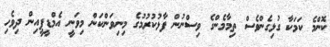
ކޮންމެ ކަމަކާ ގުޅިގެންވެސް ތިމާމެންގެ ވިސްނުން ފާޅުކުރުމުގެ މިނިވަންކަން މިވަނީ އެމްޑީޕީއިން ދިވެހި